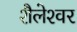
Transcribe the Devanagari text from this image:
शैलेश्‍वर